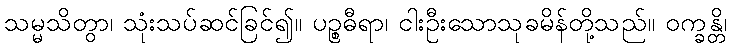
သမ္မသိတွာ၊ သုံးသပ်ဆင်ခြင်၍။ ပဉ္စဓီရာ၊ ငါးဦးသောသုခမိန်တို့သည်။ ဝက္ခန္တိ၊